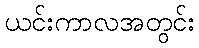
ယင်းကာလအတွင်း